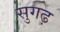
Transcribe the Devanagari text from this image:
सुगढ़